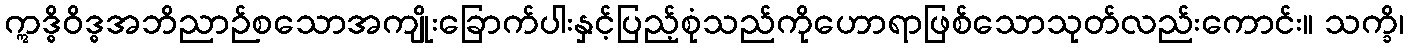
ဣဒ္ဓိဝိဒ္ဓအဘိညာဉ်စသောအကျိုးခြောက်ပါးနှင့်ပြည့်စုံသည်ကိုဟောရာဖြစ်သောသုတ်လည်းကောင်း။ သက္ခိ၊